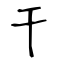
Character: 干